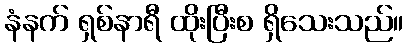
နံနက် ရှစ်နာရီ ထိုးပြီးစ ရှိသေးသည်။